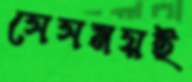
সেসময়ই